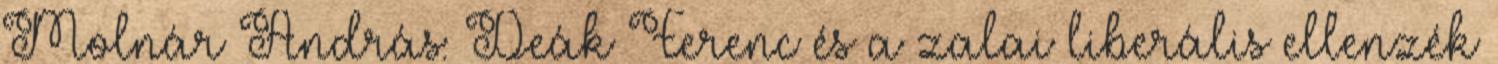
Molnár András: Deák Ferenc és a zalai liberális ellenzék